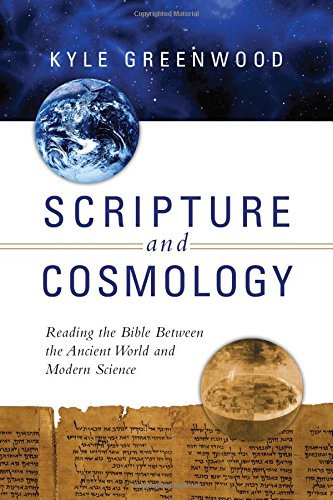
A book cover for Scripture and Cosmology: Reading the Bible Between the Ancient World and Modern Science; Kyle Greenwood; Science & Math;